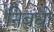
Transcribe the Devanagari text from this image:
निबंधो